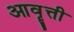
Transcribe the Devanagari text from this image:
आवॄत्ती